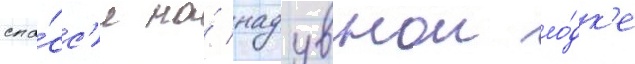
спа́сс'я на́ надувнои ло́дк'е